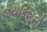
જયકિશની